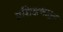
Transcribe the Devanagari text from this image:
प्रशिक्षणातून